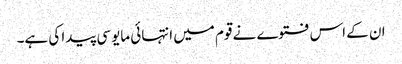
ان کے اس فتوے نے قوم میں انتہائی مایوسی پیدا کی ہے۔